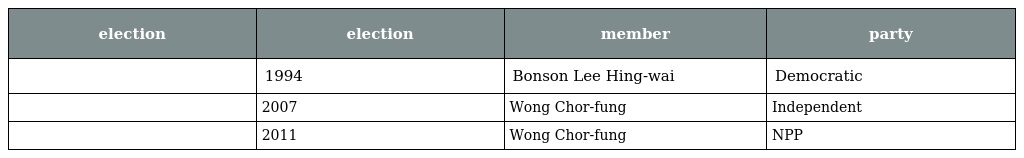
| election | election | member | party |
 | --- | --- | --- | --- |
 |  | 1994 | Bonson Lee Hing-wai | Democratic |
 |  | 2007 | Wong Chor-fung | Independent |
 |  | 2011 | Wong Chor-fung | NPP |